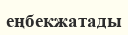
еңбекжатады